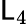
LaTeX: \mathsf{L}_{4}